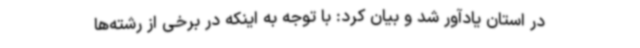
در استان یادآور شد و بیان کرد: با توجه به اینکه در برخی از رشته‌ها